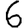
Digit: 6